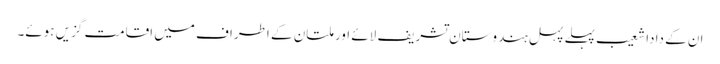
ان کے دادا شعیب پہلے پہل ہندوستان تشریف لائے اور ملتان کے اطراف میں اقامت گزیں ہوئے۔